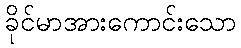
ခိုင်မာအားကောင်းသော